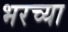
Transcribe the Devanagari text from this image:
भरच्या